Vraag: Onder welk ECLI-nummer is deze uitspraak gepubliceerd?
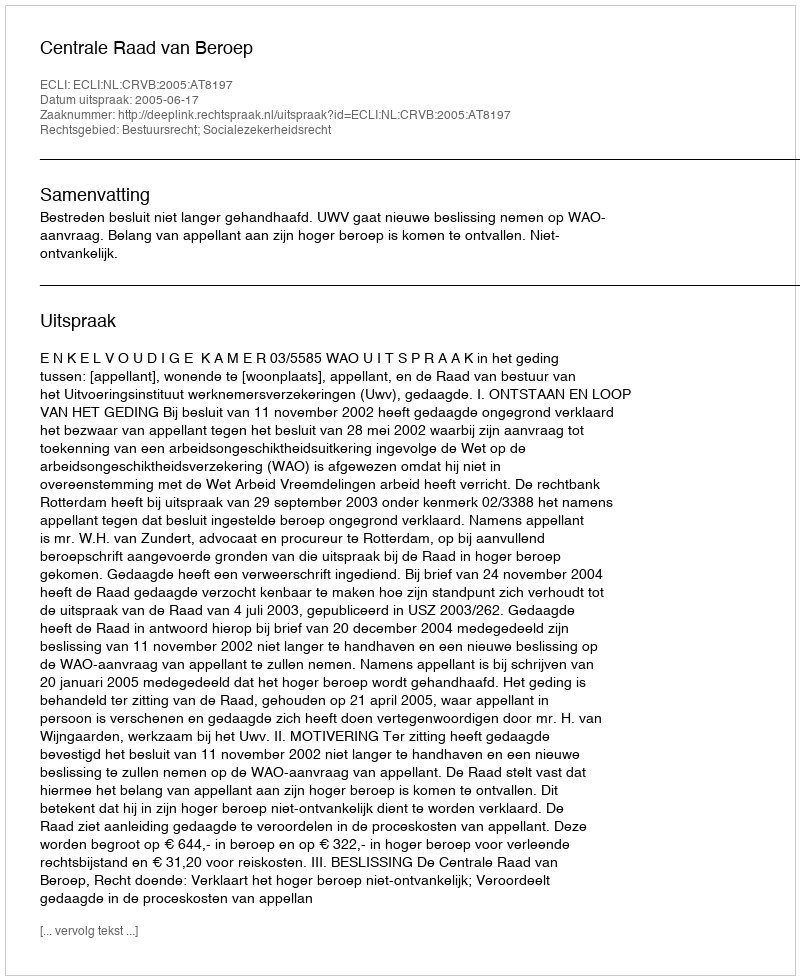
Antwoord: ECLI:NL:CRVB:2005:AT8197